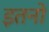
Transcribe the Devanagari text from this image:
इतनो